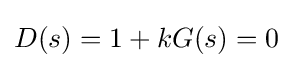
D(s)=1+kG(s)=0